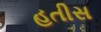
હતીસ